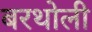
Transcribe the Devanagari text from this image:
बरथोली